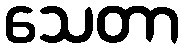
သေတာ